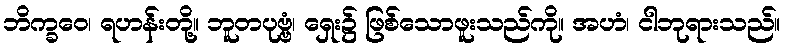
ဘိက္ခဝေ၊ ရဟန်းတို့။ ဘူတပုဗ္ဗံ၊ ရှေး၌ ဖြစ်သောဖူးသည်ကို။ အဟံ၊ ငါဘုရားသည်။